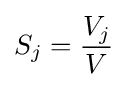
S_{j}={\frac {V_{j}}{V}}